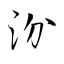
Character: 汾